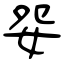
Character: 妴